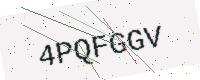
Text: 4PQFGGV